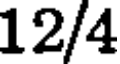
12/4